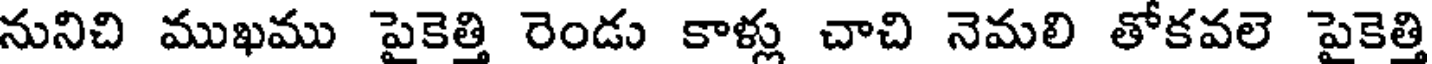
నునిచి ముఖము పైకెత్తి రెండు కాళ్లు చాచి నెమలి తోకవలె పైకెత్తి